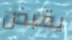
يقبض